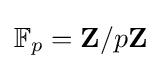
\mathbb {F} _{p}=\mathbf {Z} /p\mathbf {Z}